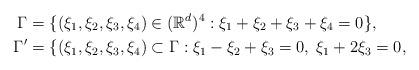
LaTeX: \begin{align*}\Gamma &=\{(\xi_1,\xi_2,\xi_3,\xi_4) \in (\mathbb R^d)^4 :\xi_1+\xi_2+\xi_3+\xi_4=0\}, \\\Gamma' &= \{ (\xi_1,\xi_2,\xi_3,\xi_4) \subset\Gamma :\xi_1-\xi_2+\xi_3=0, \; \xi_1+2\xi_3=0, \end{align*}